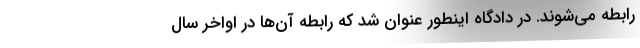
رابطه می‌شوند. در دادگاه اینطور عنوان شد که رابطه آن‌ها در اواخر سال